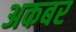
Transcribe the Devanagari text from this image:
अकबर